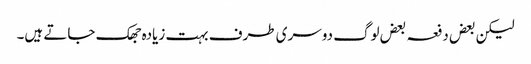
لیکن بعض دفعہ بعض لوگ دوسری طرف بہت زیادہ جھک جاتے ہیں۔